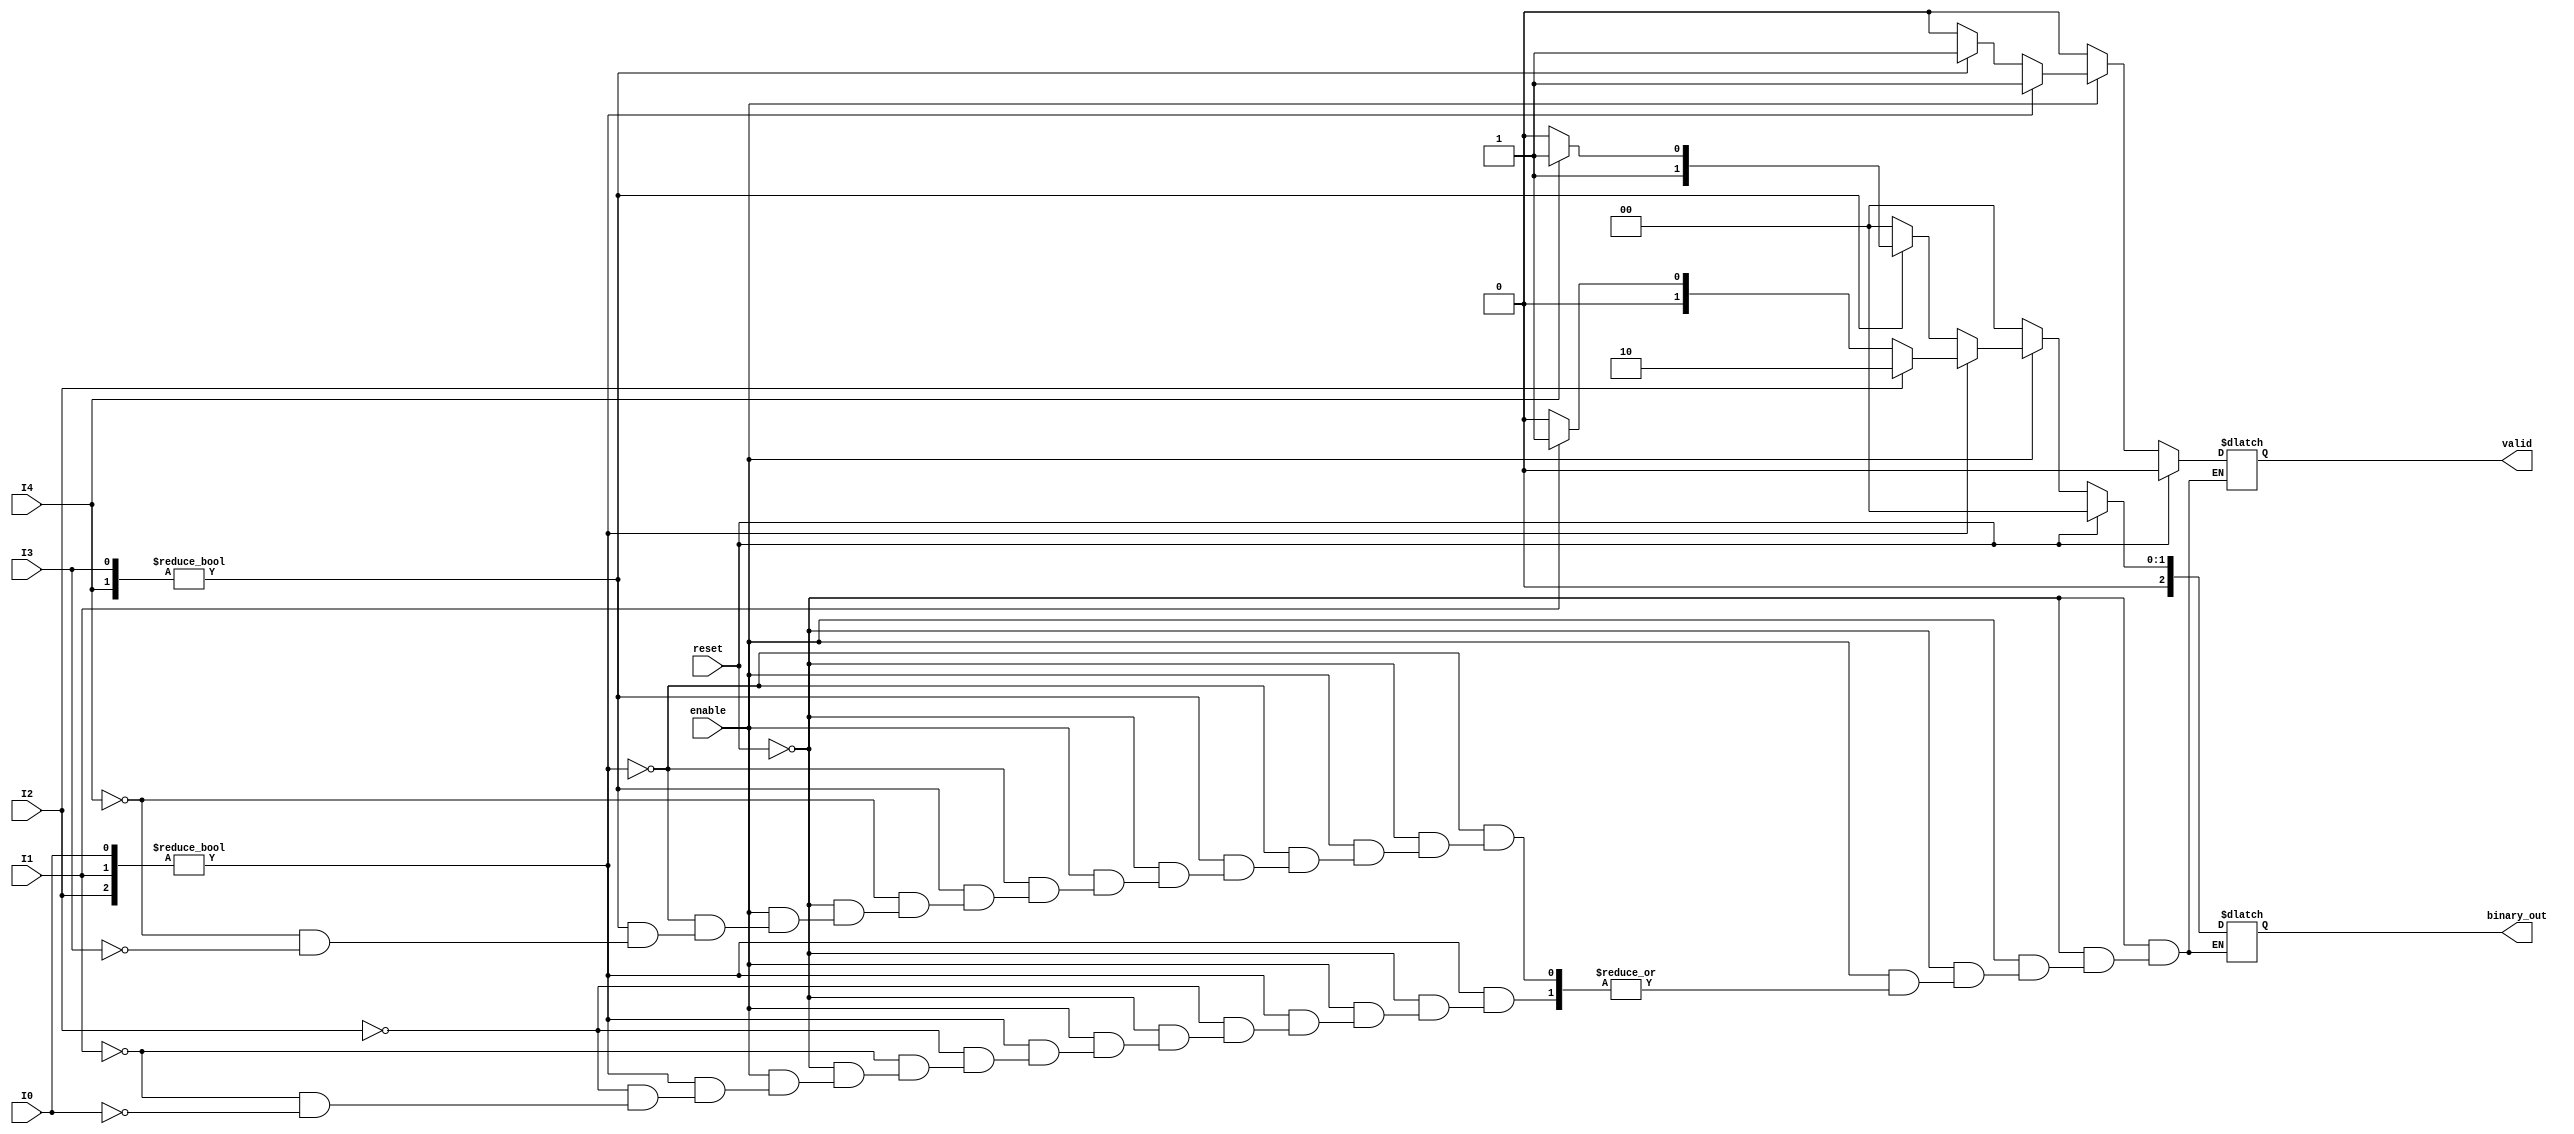
module dual_priority_encoder (
    input wire I0, I1, I2, // Group 1 inputs (Higher Priority)
    input wire I3, I4,     // Group 2 inputs (Lower Priority)
    input wire enable,      // Enable signal
    input wire reset,       // Reset signal
    output reg [2:0] binary_out, // 3-bit binary output for encoding
    output reg valid        // Valid output
);

// Internal signals to determine the active inputs
wire [2:0] group1_active;
wire [1:0] group2_active;

// Assign active signals for Group 1
assign group1_active = {I2, I1, I0}; // I2 is MSB, I0 is LSB

// Assign active signals for Group 2
assign group2_active = {I4, I3}; // I4 is MSB, I3 is LSB

always @(*) begin
    if (reset) begin
        binary_out = 3'b000; // Reset output
        valid = 1'b0;        // Reset valid flag
    end else if (!enable) begin
        binary_out = 3'b000; // Disable output
        valid = 1'b0;        // Invalid output
    end else begin
        // Check for Group 1 inputs first
        if (group1_active != 3'b000) begin
            // Find the highest priority active input in Group 1
            if (I2) begin
                binary_out = 3'b010; // Output for I2
                valid = 1'b1;
            end else if (I1) begin
                binary_out = 3'b001; // Output for I1
                valid = 1'b1;
            end else if (I0) begin
                binary_out = 3'b000; // Output for I0
                valid = 1'b1;
            end
        end else if (group2_active != 2'b00) begin
            // Check for Group 2 inputs if Group 1 is inactive
            if (I4) begin
                binary_out = 3'b011; // Output for I4
                valid = 1'b1;
            end else if (I3) begin
                binary_out = 3'b010; // Output for I3
                valid = 1'b1;
            end
        end else begin
            // No active inputs
            binary_out = 3'b000; // Default output
            valid = 1'b0;        // Invalid output
        end
    end
end

endmodule